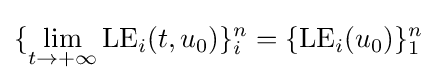
\{\lim \limits _{t\to +\infty }{\rm {LE}}_{i}(t,u_{0})\}_{i}^{n}=\{{\rm {LE}}_{i}(u_{0})\}_{1}^{n}